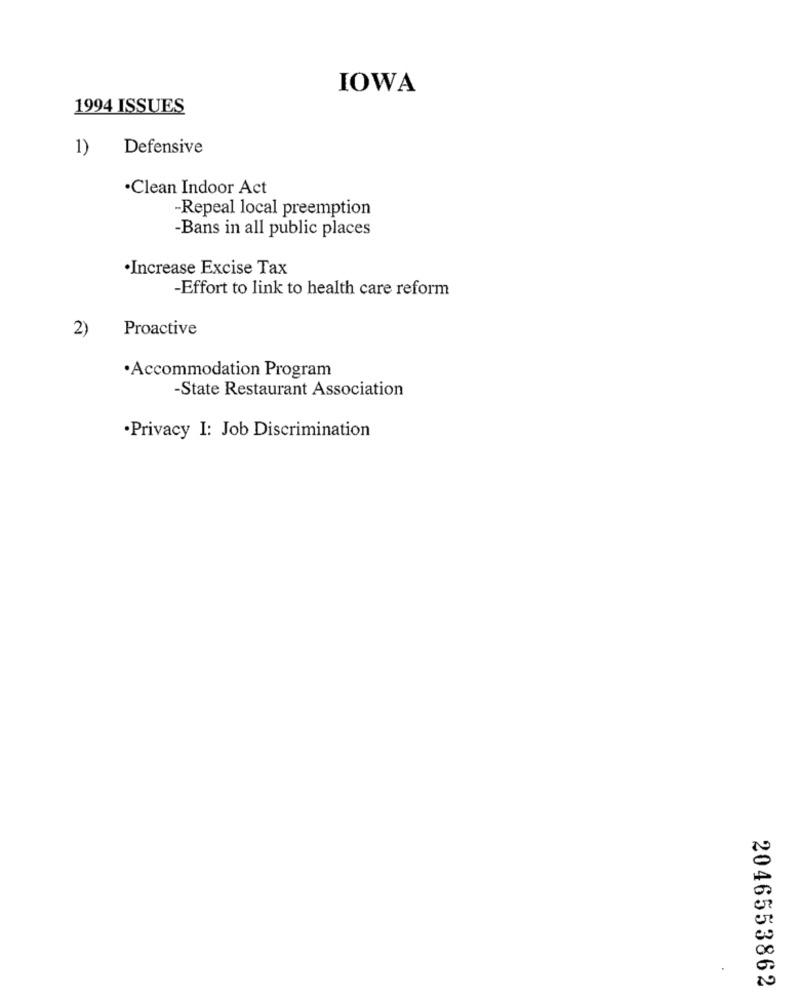
IOWA
1994 ISSUES
1)
Defensive
·Clean Indoor Act
-Repeal local preemption
-Bans in all public places
·Increase Excise Tax
-Effort to link to health care reform
2)
Proactive
·Accommodation Program
-State Restaurant Association
·Privacy I: Job Discrimination
2046553862